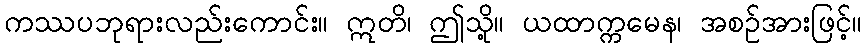
ကဿပဘုရားလည်းကောင်း။ ဣတိ၊ ဤသို့။ ယထာက္ကမေန၊ အစဉ်အားဖြင့်။